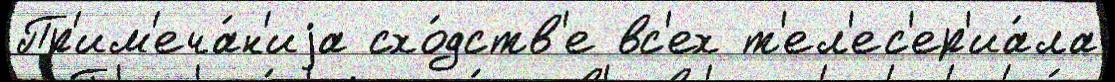
Пр'им'еча́н'иjа схо́дств'е вс'ех т'ел'ес'ер'иа́ла